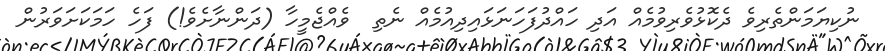
ނުކިޔަމަންތެރިވެ ދެކޮޅުވެރިވުމެއް އަދި ހައްދުފަހަނަޅައިދިއުމެއް ނެތި  ވެއްޖެމީހާ (ދަންނާށެވެ!) ފަހެ ހަމަކަށަވަރުން